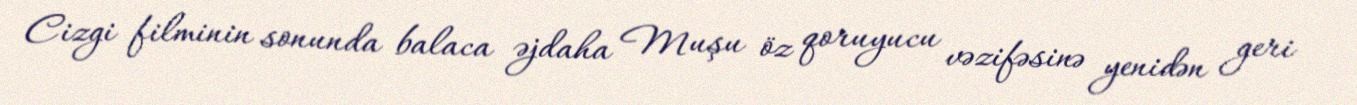
Cizgi filminin sonunda balaca əjdaha Muşu öz qoruyucu vəzifəsinə yenidən geri